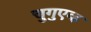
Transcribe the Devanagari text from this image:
चुगुएव्ह